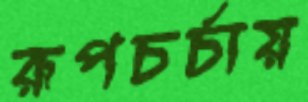
রূপচর্চায়